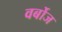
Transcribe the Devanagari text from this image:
वर्बोज